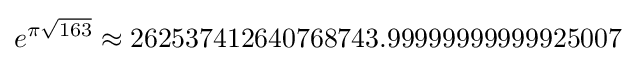
e^{\pi {\sqrt {163}}}\approx 262537412640768743.99999999999925007